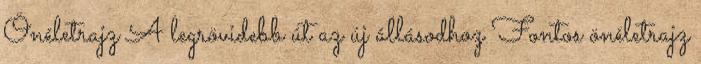
Önéletrajz A legrövidebb út az új állásodhoz Fontos önéletrajz